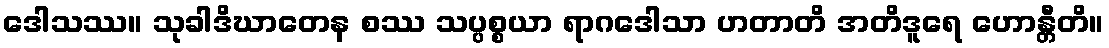
ဒေါသဿ။ သုခါဒိဃာတေန စဿ သပ္ပစ္စယာ ရာဂဒေါသာ ဟတာတိ အတိဒူရေ ဟောန္တီတိ။